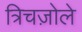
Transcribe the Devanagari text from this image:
त्रिचज़ोले